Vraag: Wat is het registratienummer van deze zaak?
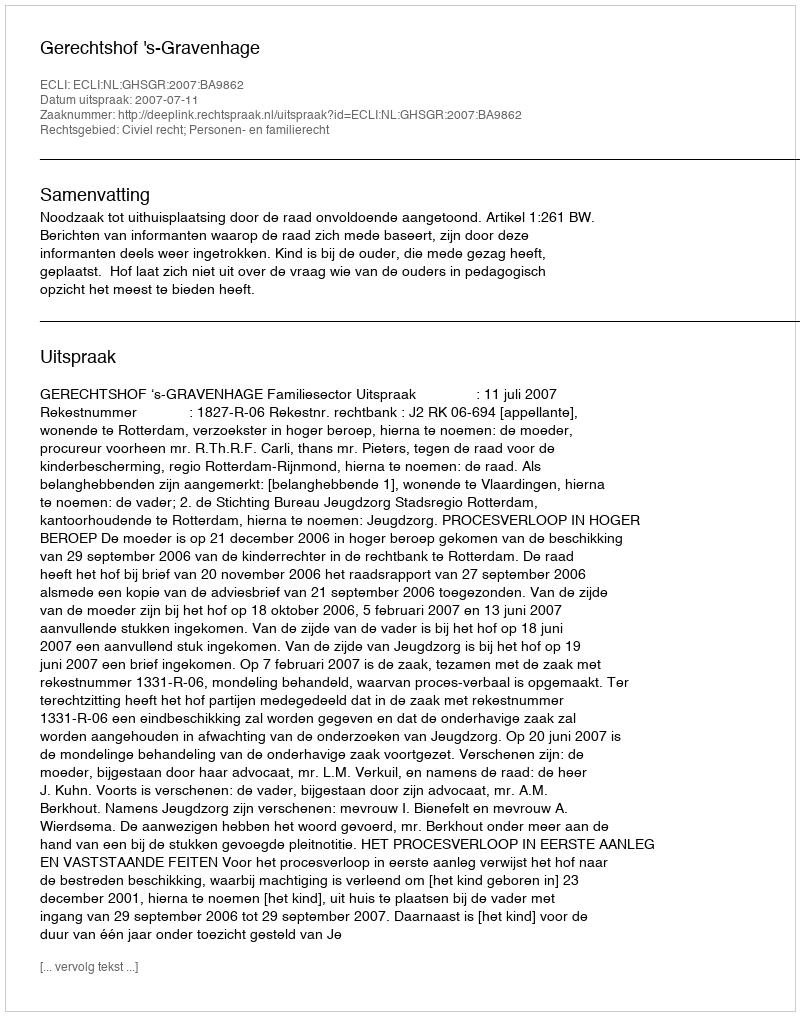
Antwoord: http://deeplink.rechtspraak.nl/uitspraak?id=ECLI:NL:GHSGR:2007:BA9862